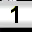
Digit: 1